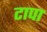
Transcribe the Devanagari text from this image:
टापा